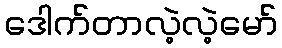
ဒေါက်တာလဲ့လဲ့မော်